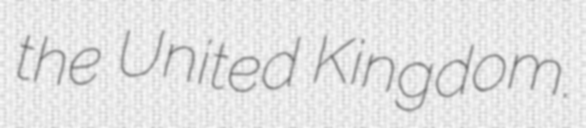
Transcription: the United Kingdom.